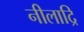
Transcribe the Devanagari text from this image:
नीलाद्रि